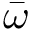
\bar { \omega }